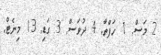
2 މަސް